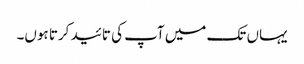
یہاں تک میں آپ کی تائید کرتا ہوں۔